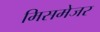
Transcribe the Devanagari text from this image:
मिसमेजर